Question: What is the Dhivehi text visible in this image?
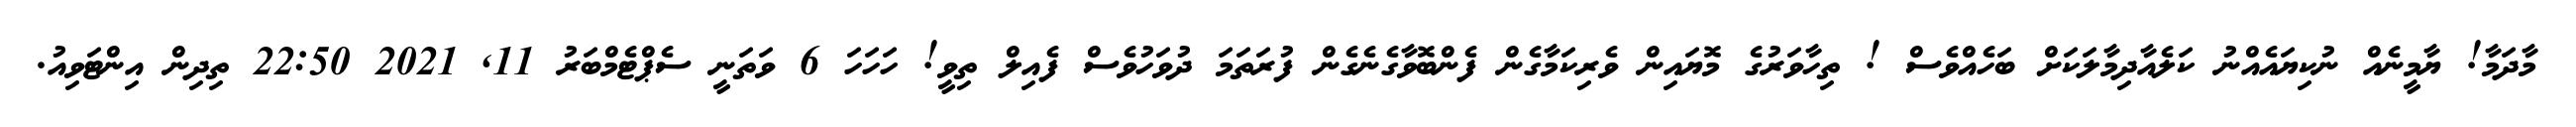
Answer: މާދަމާ! ޔާމީނެއް ނުކިޔައެއްނު ކަލެއާދިމާލަކަށް ބަހެއްވެސް ! ތިހާވަރުގެ މޮޔައިން ވެރިކަމާގެން ފެންބޮވާގެނެގެން ފުރަތަމަ ދުވަހުވެސް ފެއިލް ތިވީ! ހަހަހަ 6 ވަތަނީ ސެޕްޓެމްބަރު 11, 2021 22:50 ތިދިން އިންޓަވިއު.